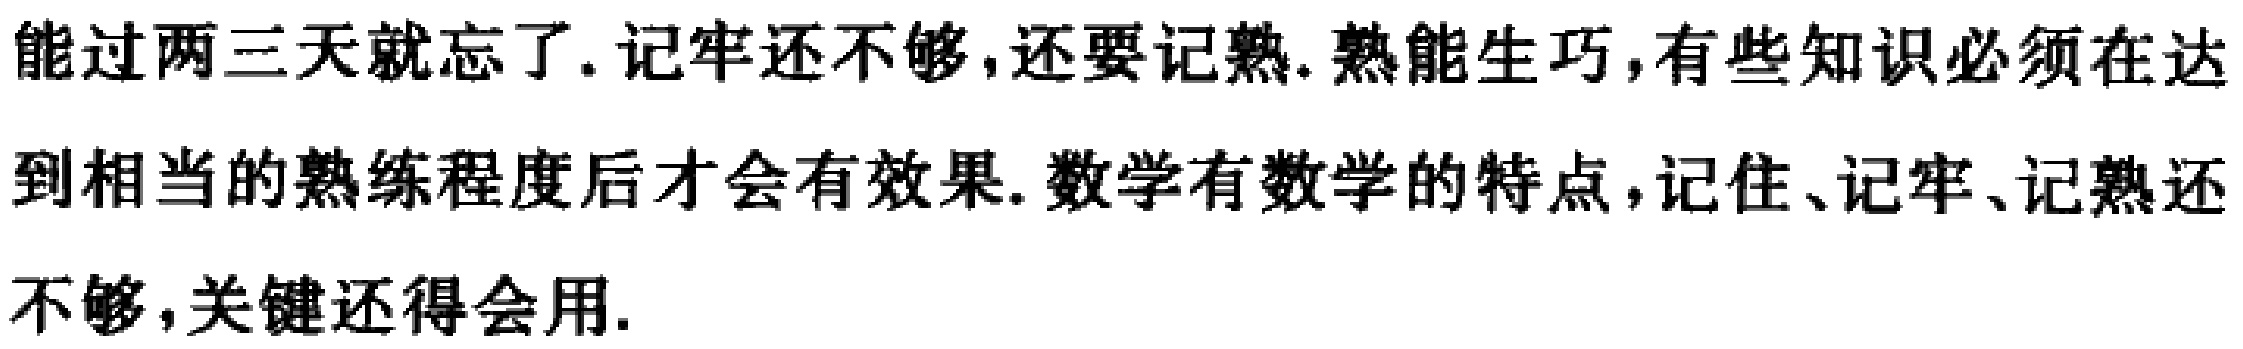
能过两三天就忘了. 记牢还不够,还要记熟. 熟能生巧,有些知识必须在达到相当的熟练程度后才会有效果. 数学有数学的特点,记住、记牢、记熟还不够,关键还得会用.